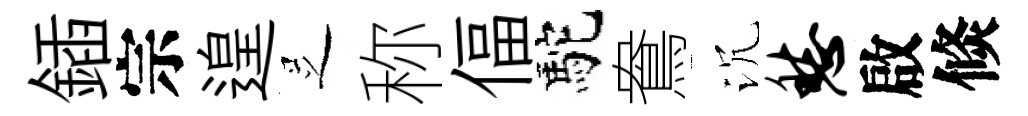
鍤宗遑𠯁称偪駝鴦沉愁啟倐